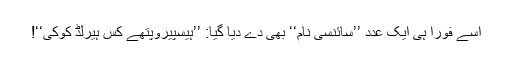
اسے فوراً ہی ایک عدد ’’سائنسی نام‘‘ بھی دے دیا گیا: ’’ہیسپیروپتھے کس ہیرلڈ کوکی‘‘!